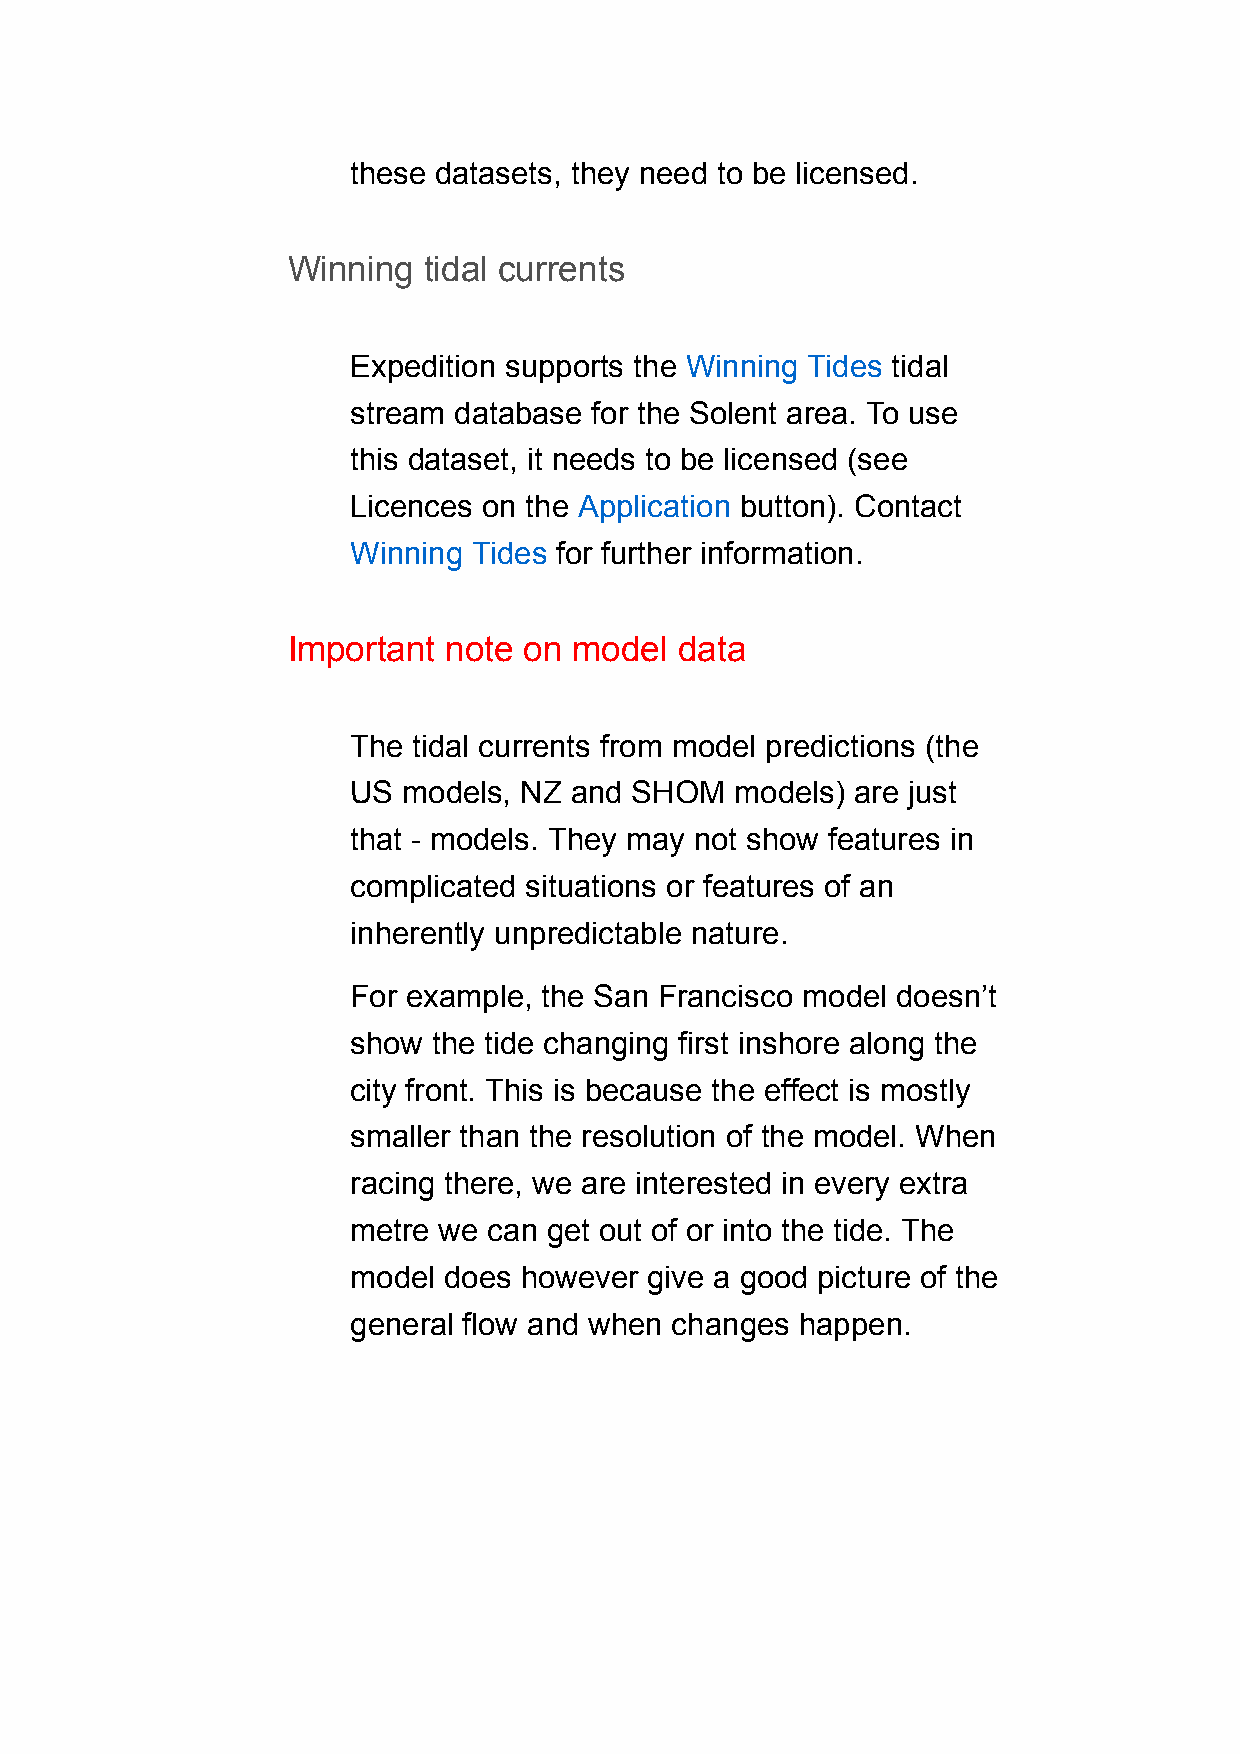
these datasets, they need to be licensed.
 Winning  tidal currents
 Expedition supports the Winning Tides tidal
 stream database for the Solent area. To use
 this dataset, it needs to be licensed (see
 Licences on the Application button). Contact
 Winning Tides for further information.
 Important  note on model  data
 The tidal currents from model predictions (the
 US  models, NZ and SHOM   models) are just
 that - models. They may not show features in
 complicated situations or features of an
 inherently unpredictable nature.
 For example, the San Francisco model doesn’t
 show  the tide changing first inshore along the
 city front. This is because the effect is mostly
 smaller than the resolution of the model. When
 racing there, we are interested in every extra
 metre we can get out of or into the tide. The
 model does however  give a good picture of the
 general flow and when changes happen.